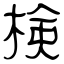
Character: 検